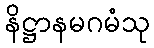
နိဋ္ဌာနမဂမံသု